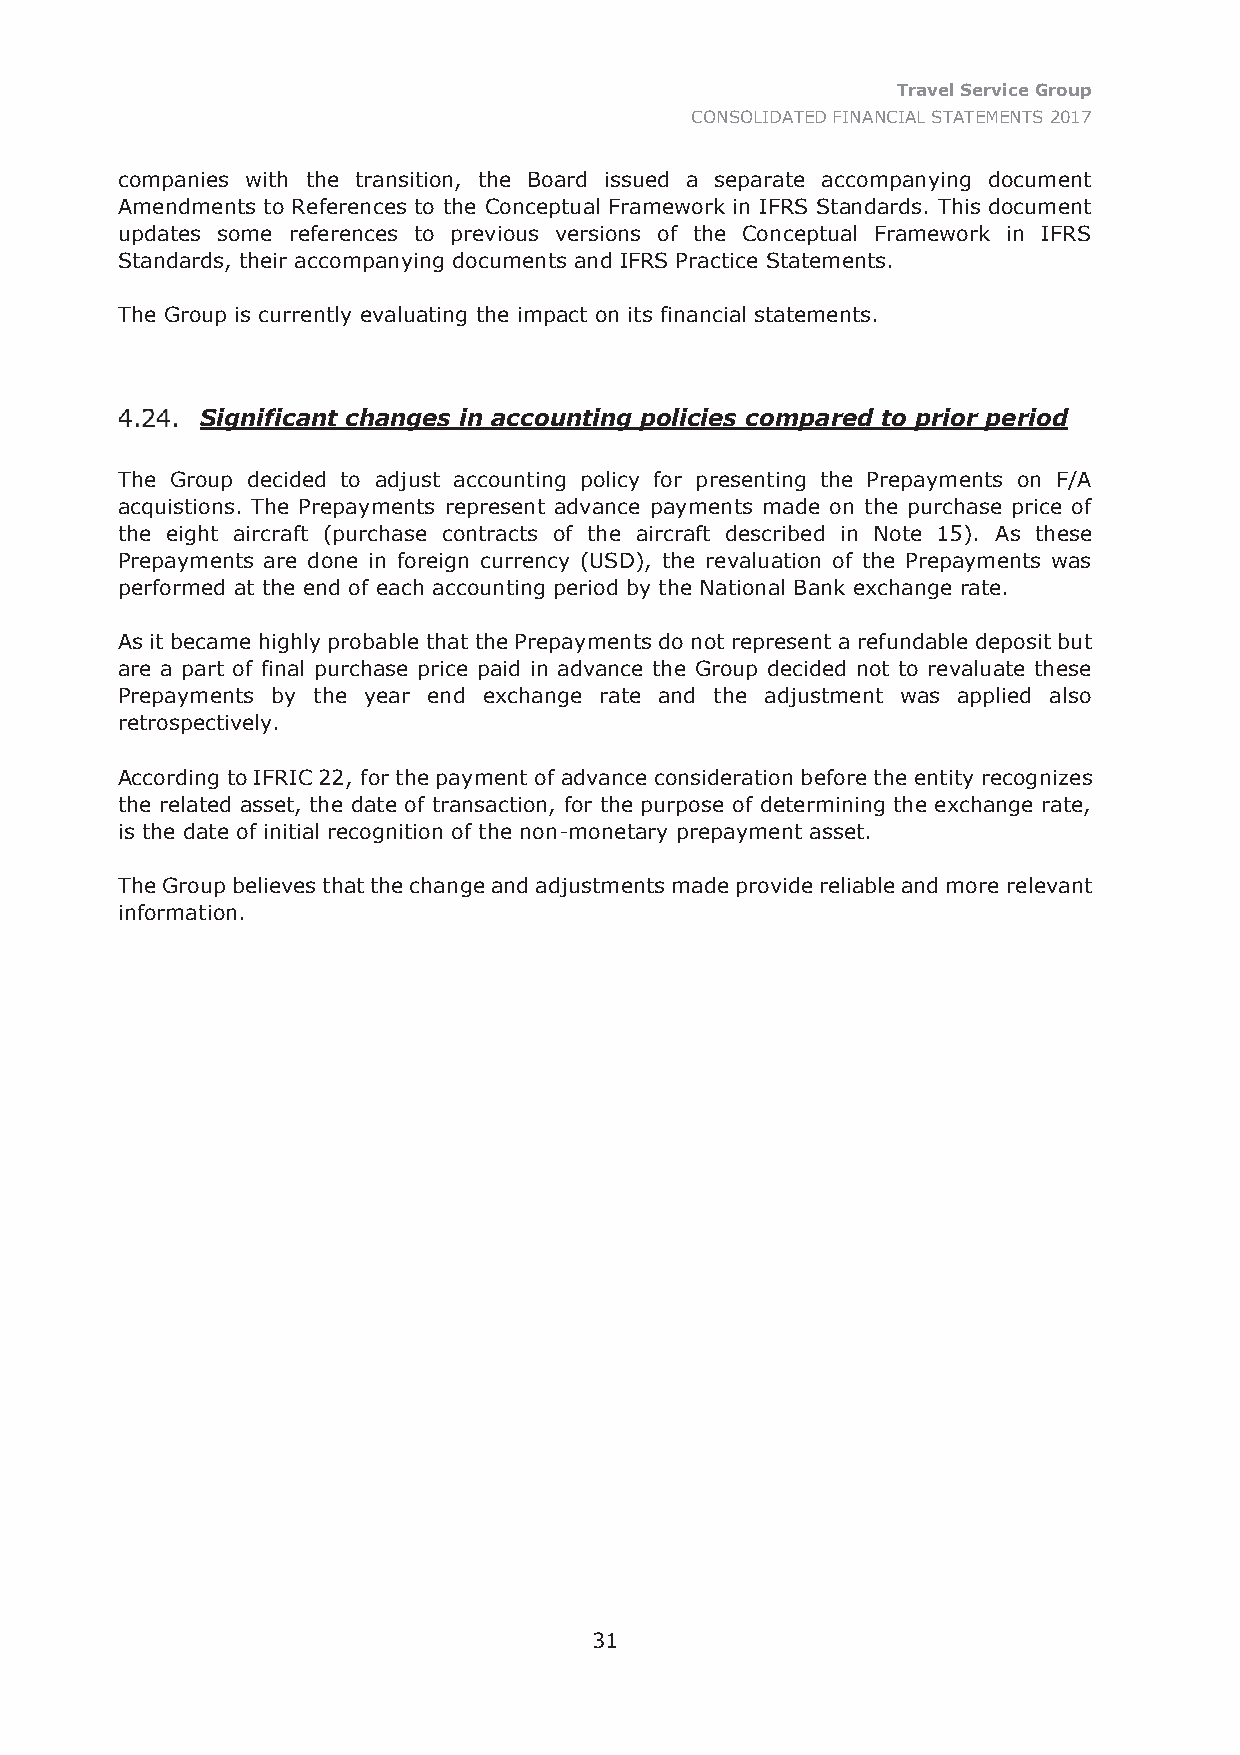
Travel Service Group
 CONSOLIDATED FINANCIAL STATEMENTS 2017
 companies with the transition, the Board issued a separate accompanying document
 Amendments to References to the Conceptual Framework in IFRS Standards. This document
 updates some references to previous versions of the Conceptual Framework in IFRS
 Standards, their accompanying documents and IFRS Practice Statements.
 The Group is currently evaluating the impact on its financial statements.
 Significant changes in accounting policies compared to prior period
 The Group decided to adjust accounting policy for presenting the Prepayments on F/A
 acquistions. The Prepayments represent advance payments made on the purchase price of
 the eight aircraft (purchase contracts of the aircraft described in Note 15). As these
 Prepayments are done in foreign currency (USD), the revaluation of the Prepayments was
 performed at the end of each accounting period by the National Bank exchange rate.
 As it became highly probable that the Prepayments do not represent a refundable deposit but
 are a part of final purchase price paid in advance the Group decided not to revaluate these
 Prepayments by the year end exchange rate and the adjustment was applied also
 retrospectively.
 According to IFRIC 22, for the payment of advance consideration before the entity recognizes
 the related asset, the date of transaction, for the purpose of determining the exchange rate,
 is the date of initial recognition of the non-monetary prepayment asset.
 The Group believes that the change and adjustments made provide reliable and more relevant
 information.
 31